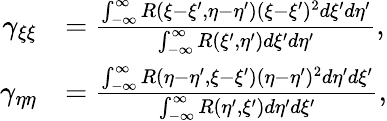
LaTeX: \begin{array}{rl}{\gamma_{\xi\xi}}&{=\frac{\int_{-\infty}^{\infty}R(\xi-\xi^{\prime},\eta-\eta^{\prime})(\xi-\xi^{\prime})^{2}d\xi^{\prime}d\eta^{\prime}}{\int_{-\infty}^{\infty}R(\xi^{\prime},\eta^{\prime})d\xi^{\prime}d\eta^{\prime}},}\\ {\gamma_{\eta\eta}}&{=\frac{\int_{-\infty}^{\infty}R(\eta-\eta^{\prime},\xi-\xi^{\prime})(\eta-\eta^{\prime})^{2}d\eta^{\prime}d\xi^{\prime}}{\int_{-\infty}^{\infty}R(\eta^{\prime},\xi^{\prime})d\eta^{\prime}d\xi^{\prime}},}\end{array}